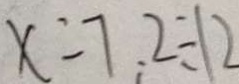
x = 7 . 2 \div 1 2